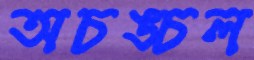
অচঙ্চল